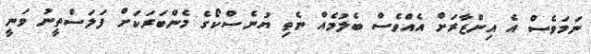
ނަމަވެސް އެ އިންޒާރަށް އެއްވެސް ބެލުމެއް ނެތި ޔުނެސްކޯގެ މެންބަރަކަށް ފަލަސްތީނު ވަނީ